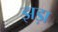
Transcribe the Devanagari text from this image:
झड़ा